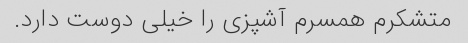
متشکرم همسرم آشپزی را خیلی دوست دارد.